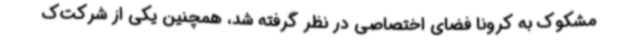
مشکوک به کرونا فضای اختصاصی در نظر گرفته شد، همچنین یکی از شرکت‌ک